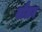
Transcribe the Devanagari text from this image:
यौलन